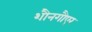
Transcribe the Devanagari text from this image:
शौनगौएर